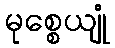
မုစ္စေယျုံ